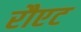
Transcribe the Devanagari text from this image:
रौएट